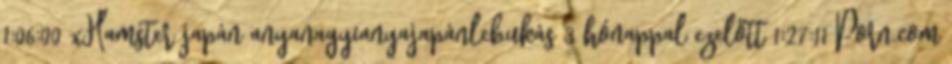
1:06:00 xHamster japán anyanagyianyajapánlebukás 3 hónappal ezelőtt 1:27:11 Porn.com